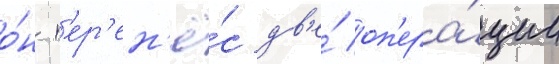
о́н п'ер'ен'ё́с дв'е́ оп'ера́ции